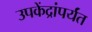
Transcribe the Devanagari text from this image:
उपकेंद्रांपर्यंत